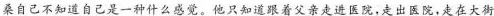
桑自己不知道自己是一种什么感觉。他只知道跟着父亲走进医院，走出医院，走在大街